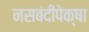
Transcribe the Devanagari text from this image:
नसबंदीपेक्षा